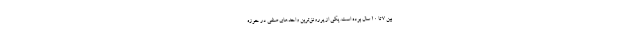
بین ۷ تا ۱۰ سال بوده است. یکی از پررونق‌ترین واحدهای صنفی در حوزه